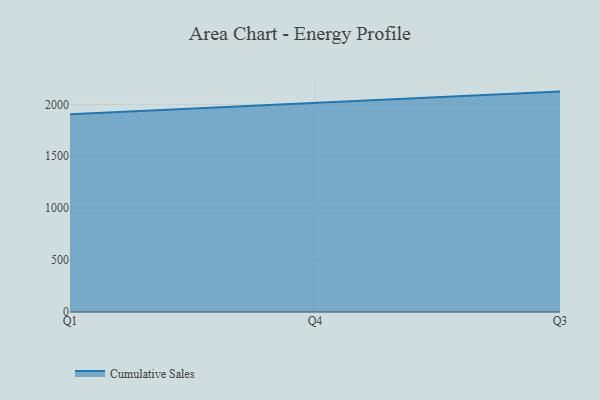
{"axis": {"x": "Quarter", "y": "Page Views"}, "legend": ["Cumulative Sales"], "data": [{"x": "Q1", "y": 1905.6, "type": "Cumulative Sales"}, {"x": "Q4", "y": 2016.9, "type": "Cumulative Sales"}, {"x": "Q3", "y": 2123.0, "type": "Cumulative Sales"}]}